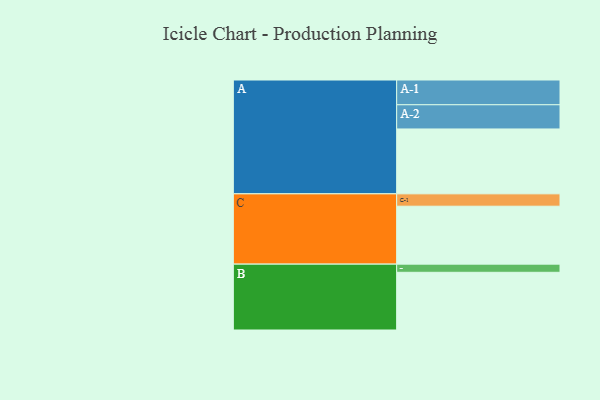
{"axis": {"x": "Segment", "y": "Value"}, "legend": ["", "A", "B", "C"], "data": [{"x": "A", "y": 587, "type": ""}, {"x": "B", "y": 522, "type": ""}, {"x": "C", "y": 524, "type": ""}, {"x": "A-1", "y": 224, "type": "A"}, {"x": "A-2", "y": 219, "type": "A"}, {"x": "B-1", "y": 74, "type": "B"}, {"x": "C-1", "y": 112, "type": "C"}]}